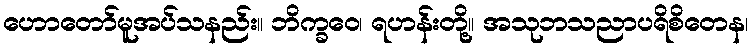
ဟောတော်မူအပ်သနည်း။ ဘိက္ခဝေ၊ ရဟန်းတို့။ အသုဘသညာပရိစိတေန၊